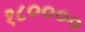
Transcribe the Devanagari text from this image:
१८००००